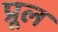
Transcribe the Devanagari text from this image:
प्रूल